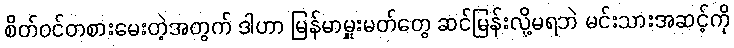
စိတ်ဝင်တစားမေးတဲ့အတွက် ဒါဟာ မြန်မာမှူးမတ်တွေ ဆင်မြန်းလို့မရဘဲ မင်းသားအဆင့်ကို